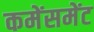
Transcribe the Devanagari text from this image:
कमेंसमेंट